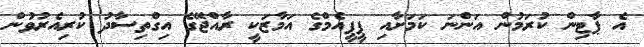
އެ ޕާޓިން ކުރަމުން އަންނަ ކަމަށާއި ޕީޕީއެމްގެ އަމާޒަކީ ރާއްޖޭގެ އިގްތިސާދު ކުރިއެރުވުން